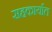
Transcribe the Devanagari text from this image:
सहकार्यात